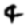
Digit: 4